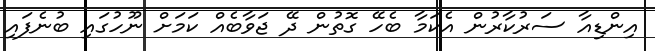
އިންޑިއާ ސަރުކާރުން އެކަމާ ބެހޭ ގޮތުން ދޭ ޖަވާބެއް ކަމަށް ނޫހުގައި ބުނެފައި